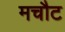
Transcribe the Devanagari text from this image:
मचौट